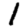
Digit: 1